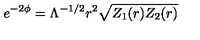
e ^ { - 2 \phi } = \Lambda ^ { - 1 / 2 } r ^ { 2 } \sqrt { Z _ { 1 } ( r ) Z _ { 2 } ( r ) }